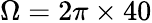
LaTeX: \Omega=2\pi\times 40